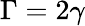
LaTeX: \Gamma=2\gamma